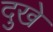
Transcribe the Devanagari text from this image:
दुखे